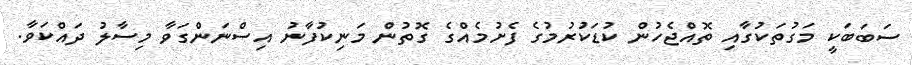
ސަބަބަކީ މަގުތަކުގާއި ތޮއްޖެހުން ކުޑަކުރުމުގެ ފެށުމެއްގެ ގޮތުން މަނިކުފާނު އިސްނަންގަވާ މިސާލު ދައްކަވާ.